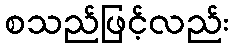
စသည်ဖြင့်လည်း